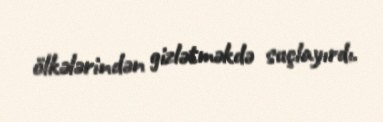
ölkələrindən gizlətməkdə suçlayırdı.